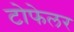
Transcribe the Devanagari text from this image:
टोफेलर